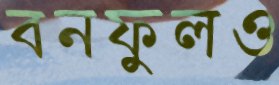
বনফুলও